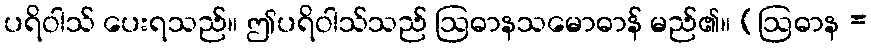
ပရိဝါသ် ပေးရသည်။ ဤပရိဝါသ်သည် ဩဓာနသမောဓာန် မည်၏။ (ဩဓာန =